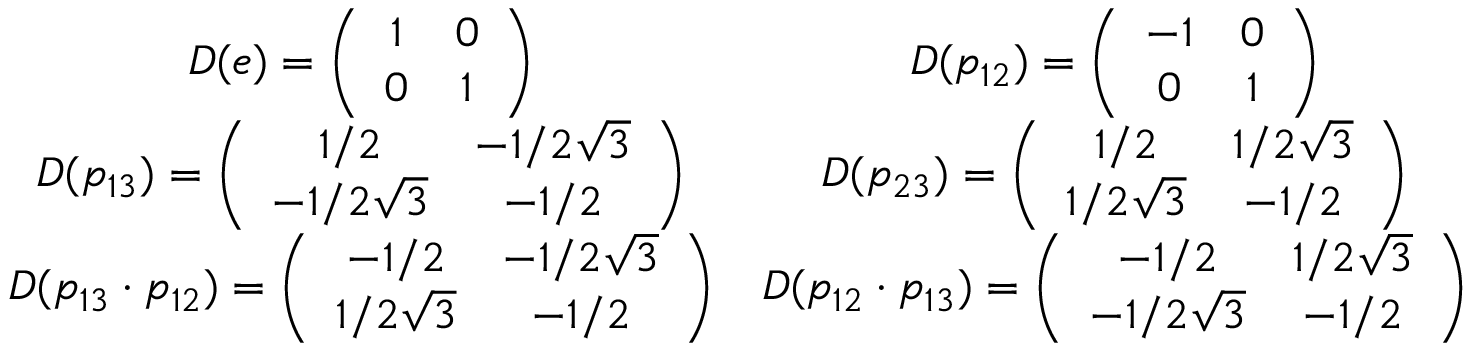
\begin{array} { c c } { { \def \arraystretch { 1 } D ( e ) = \left( \begin{array} { c c } { { 1 } } & { { 0 } } \\ { { 0 } } & { { 1 } } \end{array} \right) } } & { { D ( p _ { 1 2 } ) = \left( \begin{array} { c c } { { - 1 } } & { { 0 } } \\ { { 0 } } & { { 1 } } \end{array} \right) } } \\ { { D ( p _ { 1 3 } ) = \left( \begin{array} { c c } { { 1 / 2 } } & { { - 1 / 2 \sqrt { 3 } } } \\ { { - 1 / 2 \sqrt { 3 } } } & { { - 1 / 2 } } \end{array} \right) } } & { { D ( p _ { 2 3 } ) = \left( \begin{array} { c c } { { 1 / 2 } } & { { 1 / 2 \sqrt { 3 } } } \\ { { 1 / 2 \sqrt { 3 } } } & { { - 1 / 2 } } \end{array} \right) } } \\ { { D ( p _ { 1 3 } \cdot p _ { 1 2 } ) = \left( \begin{array} { c c } { { - 1 / 2 } } & { { - 1 / 2 \sqrt { 3 } } } \\ { { 1 / 2 \sqrt { 3 } } } & { { - 1 / 2 } } \end{array} \right) } } & { { D ( p _ { 1 2 } \cdot p _ { 1 3 } ) = \left( \begin{array} { c c } { { - 1 / 2 } } & { { 1 / 2 \sqrt { 3 } } } \\ { { - 1 / 2 \sqrt { 3 } } } & { { - 1 / 2 } } \end{array} \right) } } \end{array}